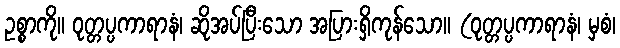
ဥစ္စာကို။ ဝုတ္တပ္ပကာရာနံ၊ ဆိုအပ်ပြီးသော အပြားရှိကုန်သော။ (ဝုတ္တပ္ပကာရာနံ၊ မှစံ၊